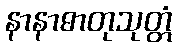
နာနာဓာတုသုတ္တံ